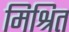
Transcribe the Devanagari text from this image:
मिश्रित